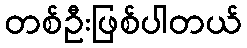
တစ်ဦးဖြစ်ပါတယ်